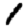
Digit: 1